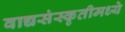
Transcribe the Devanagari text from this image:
वाद्यसंस्कृतीमध्ये